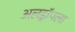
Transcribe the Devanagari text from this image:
अलड्रॉपला